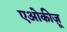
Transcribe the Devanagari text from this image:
एओकीज़ू